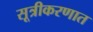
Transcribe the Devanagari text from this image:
सूत्रीकरणात